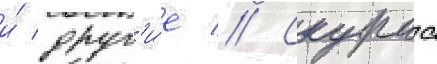
и́ друг'и́е // Скурас